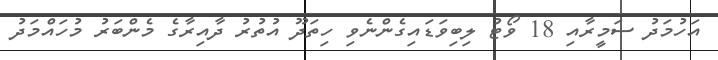
އަހުމަދު ސަމީރާއި 18 ވޯޓު ލިބިވަޑައިގެންނެވި ހިތަދޫ އުތުރު ދާއިރާގެ މެންބަރު މުހައްމަދު